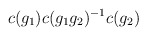
\begin{align*} c(g_1) c(g_1 g_2)^{-1} c(g_2)\end{align*}